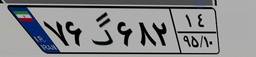
۸۹گ۶۵۴۳۴